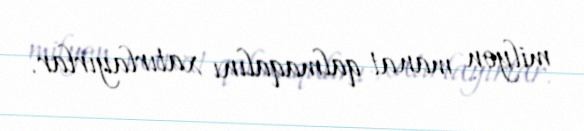
milyon manat qalmaqalını xatırlayırlar.